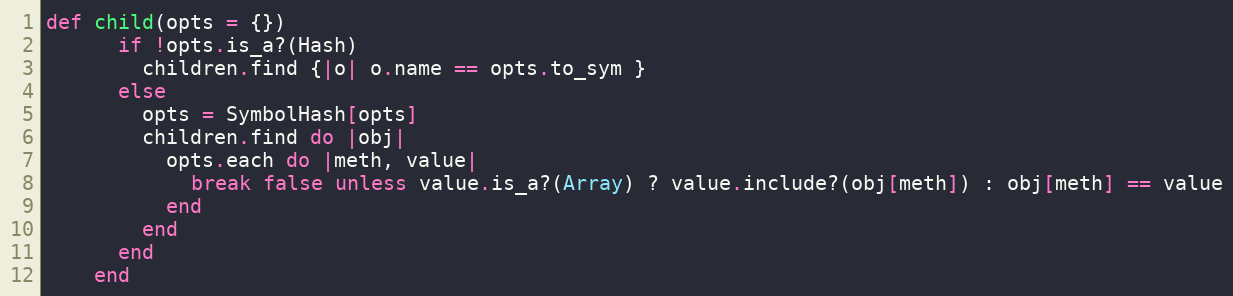
Language: Ruby
def child(opts = {})
      if !opts.is_a?(Hash)
        children.find {|o| o.name == opts.to_sym }
      else
        opts = SymbolHash[opts]
        children.find do |obj|
          opts.each do |meth, value|
            break false unless value.is_a?(Array) ? value.include?(obj[meth]) : obj[meth] == value
          end
        end
      end
    end